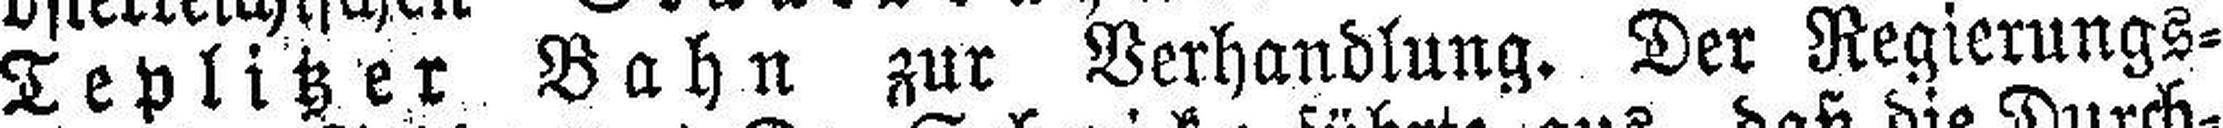
Teplitzer Bahn zur Verhandlung. Der Regierungs¬